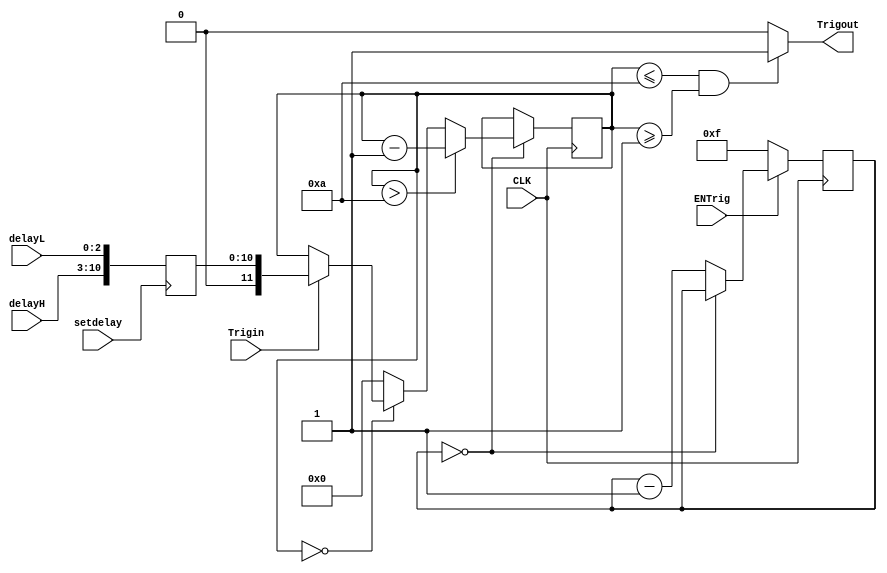
module TrigClrDelay(CLK,ENTrig,Trigin,Trigout,delayL,delayH,setdelay);
input CLK;
input ENTrig;
input Trigin;
output reg Trigout;
reg [3:0] state;
input [7:0] delayH;
input [2:0] delayL;
wire [11:0] delay;
assign delay={delayH,delayL};
input setdelay;
reg [11:0]tdelay;
reg [11:0]delaytime;

	initial begin
		tdelay=100;
	end

	always @(posedge setdelay) begin
		tdelay=delay;
	end
	
	always @(posedge CLK) begin
		if(ENTrig)begin
			if(state==0)begin
				;
			end else begin
				state=state-1;
			end
		end else begin
			state=4'hF;
		end
	end
	
	always @(posedge CLK)begin
		if(state==0)
			if(delaytime>10)
				delaytime=delaytime-1;
			else if(delaytime==0)begin
				if(Trigin)
					delaytime=tdelay;
				else
					;
			end
		else 
			delaytime=0;
	end
	
	always begin
		if(delaytime<=10&&delaytime>=1)
			Trigout=1;
		else 
			Trigout=0;
	end

endmodule